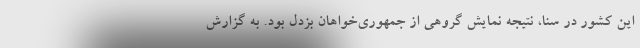
این کشور در سنا، نتیجه نمایش گروهی از جمهوری‌خواهان بزدل بود. به گزارش